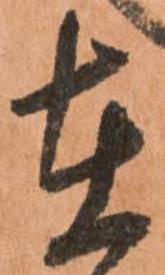
在